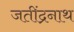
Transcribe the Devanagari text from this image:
जतींद्रनाथ